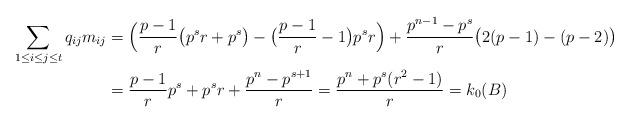
LaTeX: \begin{align*}\sum_{1\le i\le j\le t}{q_{ij}m_{ij}}&=\Bigl(\frac{p-1}{r}\bigl(p^sr+p^s\bigr)-\bigl(\frac{p-1}{r}-1\bigr)p^sr\Bigr)+\frac{p^{n-1}-p^s}{r}\bigl(2(p-1)-(p-2)\bigr)\\&=\frac{p-1}{r}p^s+p^sr+\frac{p^n-p^{s+1}}{r}=\frac{p^n+p^s(r^2-1)}{r}=k_0(B)\end{align*}